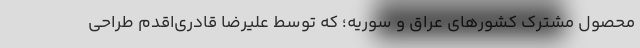
محصول مشترک کشورهای عراق و سوریه؛ که توسط علیرضا قادری‌اقدم طراحی